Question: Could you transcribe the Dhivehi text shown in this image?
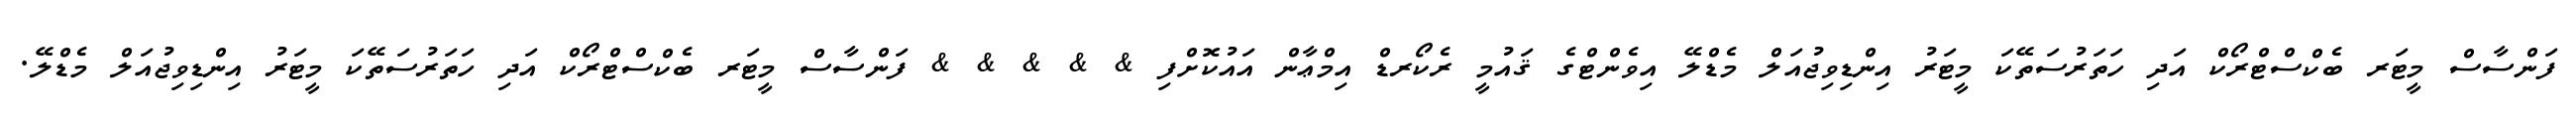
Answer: ފަންސާސް މީޓަރ ބެކްސްޓްރޯކް އަދި ހަތަރުސަތޭކަ މީޓަރު އިންޑިވިޖުއަލް މެޑްލޭ އިވެންޓްގެ ޤައުމީ ރެކޯރޑް އިމްޢާން އައުކޮށްފި & & & & & ފަންސާސް މީޓަރ ބެކްސްޓްރޯކް އަދި ހަތަރުސަތޭކަ މީޓަރު އިންޑިވިޖުއަލް މެޑްލޭ.